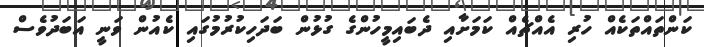
ކަންތައްތަކެއް ހުރި އެއްޗެއް ކަމަށާއި ދެބައިމީހުންގެ ގުޅުން ބަދަހިކުރުމުގައި ކެއުން ވަނީ އަބަދުވެސް